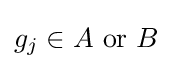
g_{j}\in A{\text{ or }}B